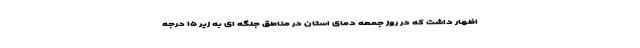
اظهار داشت که در روز جمعه دمای استان در مناطق جلگه ای به زیر ۱۵ درجه